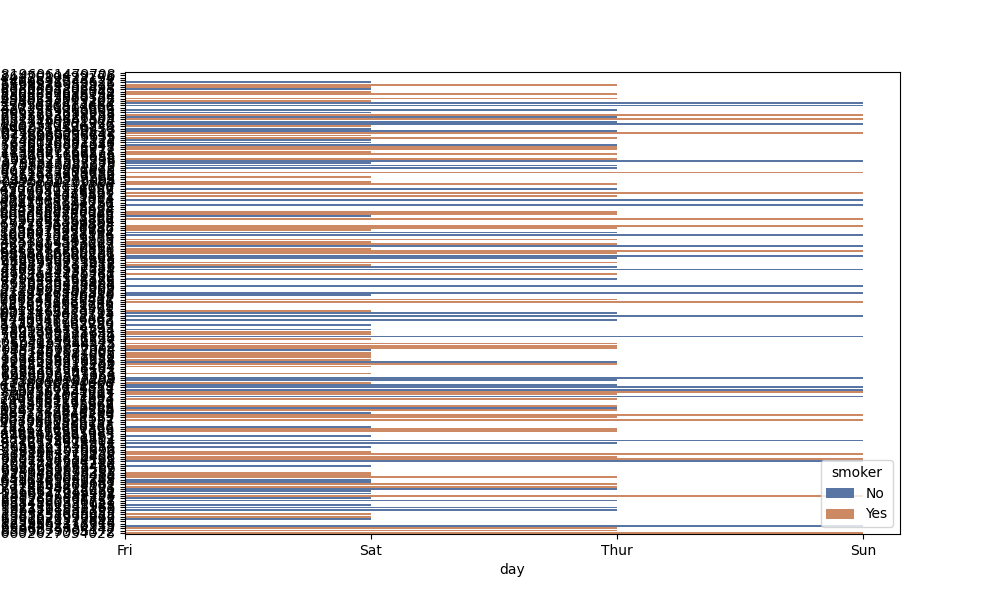
python, seaborn, barplot, hue='smoker', palette='deep', ci=95, orient='h'